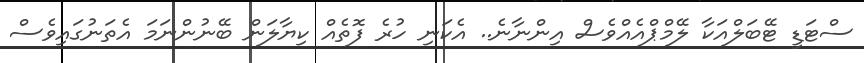
ސްޓަޑީ ޓޭބަލްއަކާ ލޭމްޕްއެއްވެސް އިންނާނެ.. އެކަނި ހުރެ ފޮތެއް ކިޔާލަން ބޭނުންނަމަ އެތަނުގައިވެސް